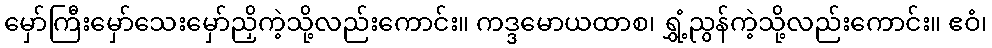
မှော်ကြီးမှော်သေးမှော်ညှိကဲ့သို့လည်းကောင်း။ ကဒ္ဒမောယထာစ၊ ရွှံ့ညွန်ကဲ့သို့လည်းကောင်း။ ဧဝံ၊